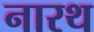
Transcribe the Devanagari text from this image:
नारथ